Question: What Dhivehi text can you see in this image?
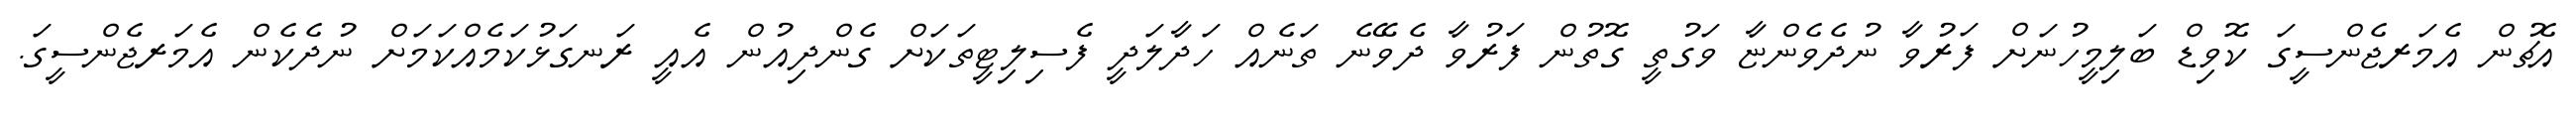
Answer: އެޗުން އެމަރޖެންސީގަ ކޮވިޑް ބަލިމީހުނަށް ފަރުވާ ނުދެވެންޏާ ވަގުތީ ގޮތުން ފަރުވާ ދެވޭނެ ތަނެއް ހަދާލަދީ ފެސިލިޓީތަކަށް ގެންދިއުން އެއީ ރަނގަޅުކަމެއްކަމަށް ނުދެކެން އެމަރޖެންސީގަ.